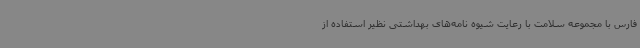
فارس با مجموعه سلامت با رعایت شیوه نامه‌های بهداشتی نظیر استفاده از